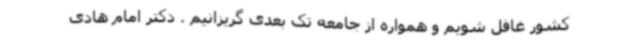
کشور غافل شویم و همواره از جامعه تک بعدی گریزانیم . دکتر امام هادی